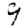
Digit: 9